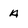
Character: A